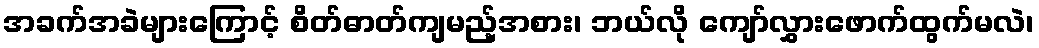
အခက်အခဲများကြောင့် စိတ်ဓာတ်ကျမည့်အစား၊ ဘယ်လို ကျော်လွှားဖောက်ထွက်မလဲ၊